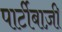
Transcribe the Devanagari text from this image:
पार्टीबाज़ी